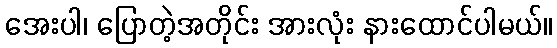
အေးပါ၊ ပြောတဲ့အတိုင်း အားလုံး နားထောင်ပါမယ်။